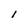
Character: I